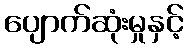
ပျောက်ဆုံးမှုနှင့်